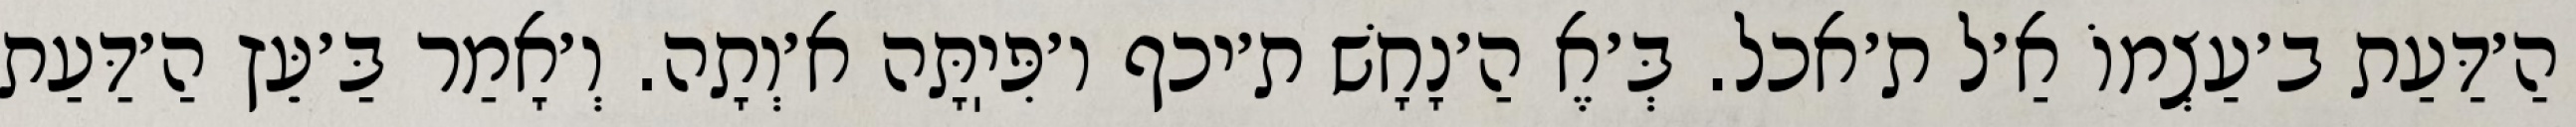
הַ׳דַּעַת ב׳עַצְמוֹ אַ׳ל ת׳אכל. בְּ׳אֶ הַ׳נָחָשׁ ת׳יכף ו׳פִּיֽתָּה א׳וְתָה. וְ׳אָמַר בַּ׳עֵּץ הַ׳דַּעַת